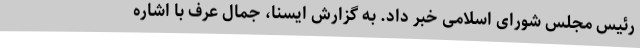
رئیس مجلس شورای اسلامی خبر داد. به گزارش ایسنا، جمال عرف با اشاره